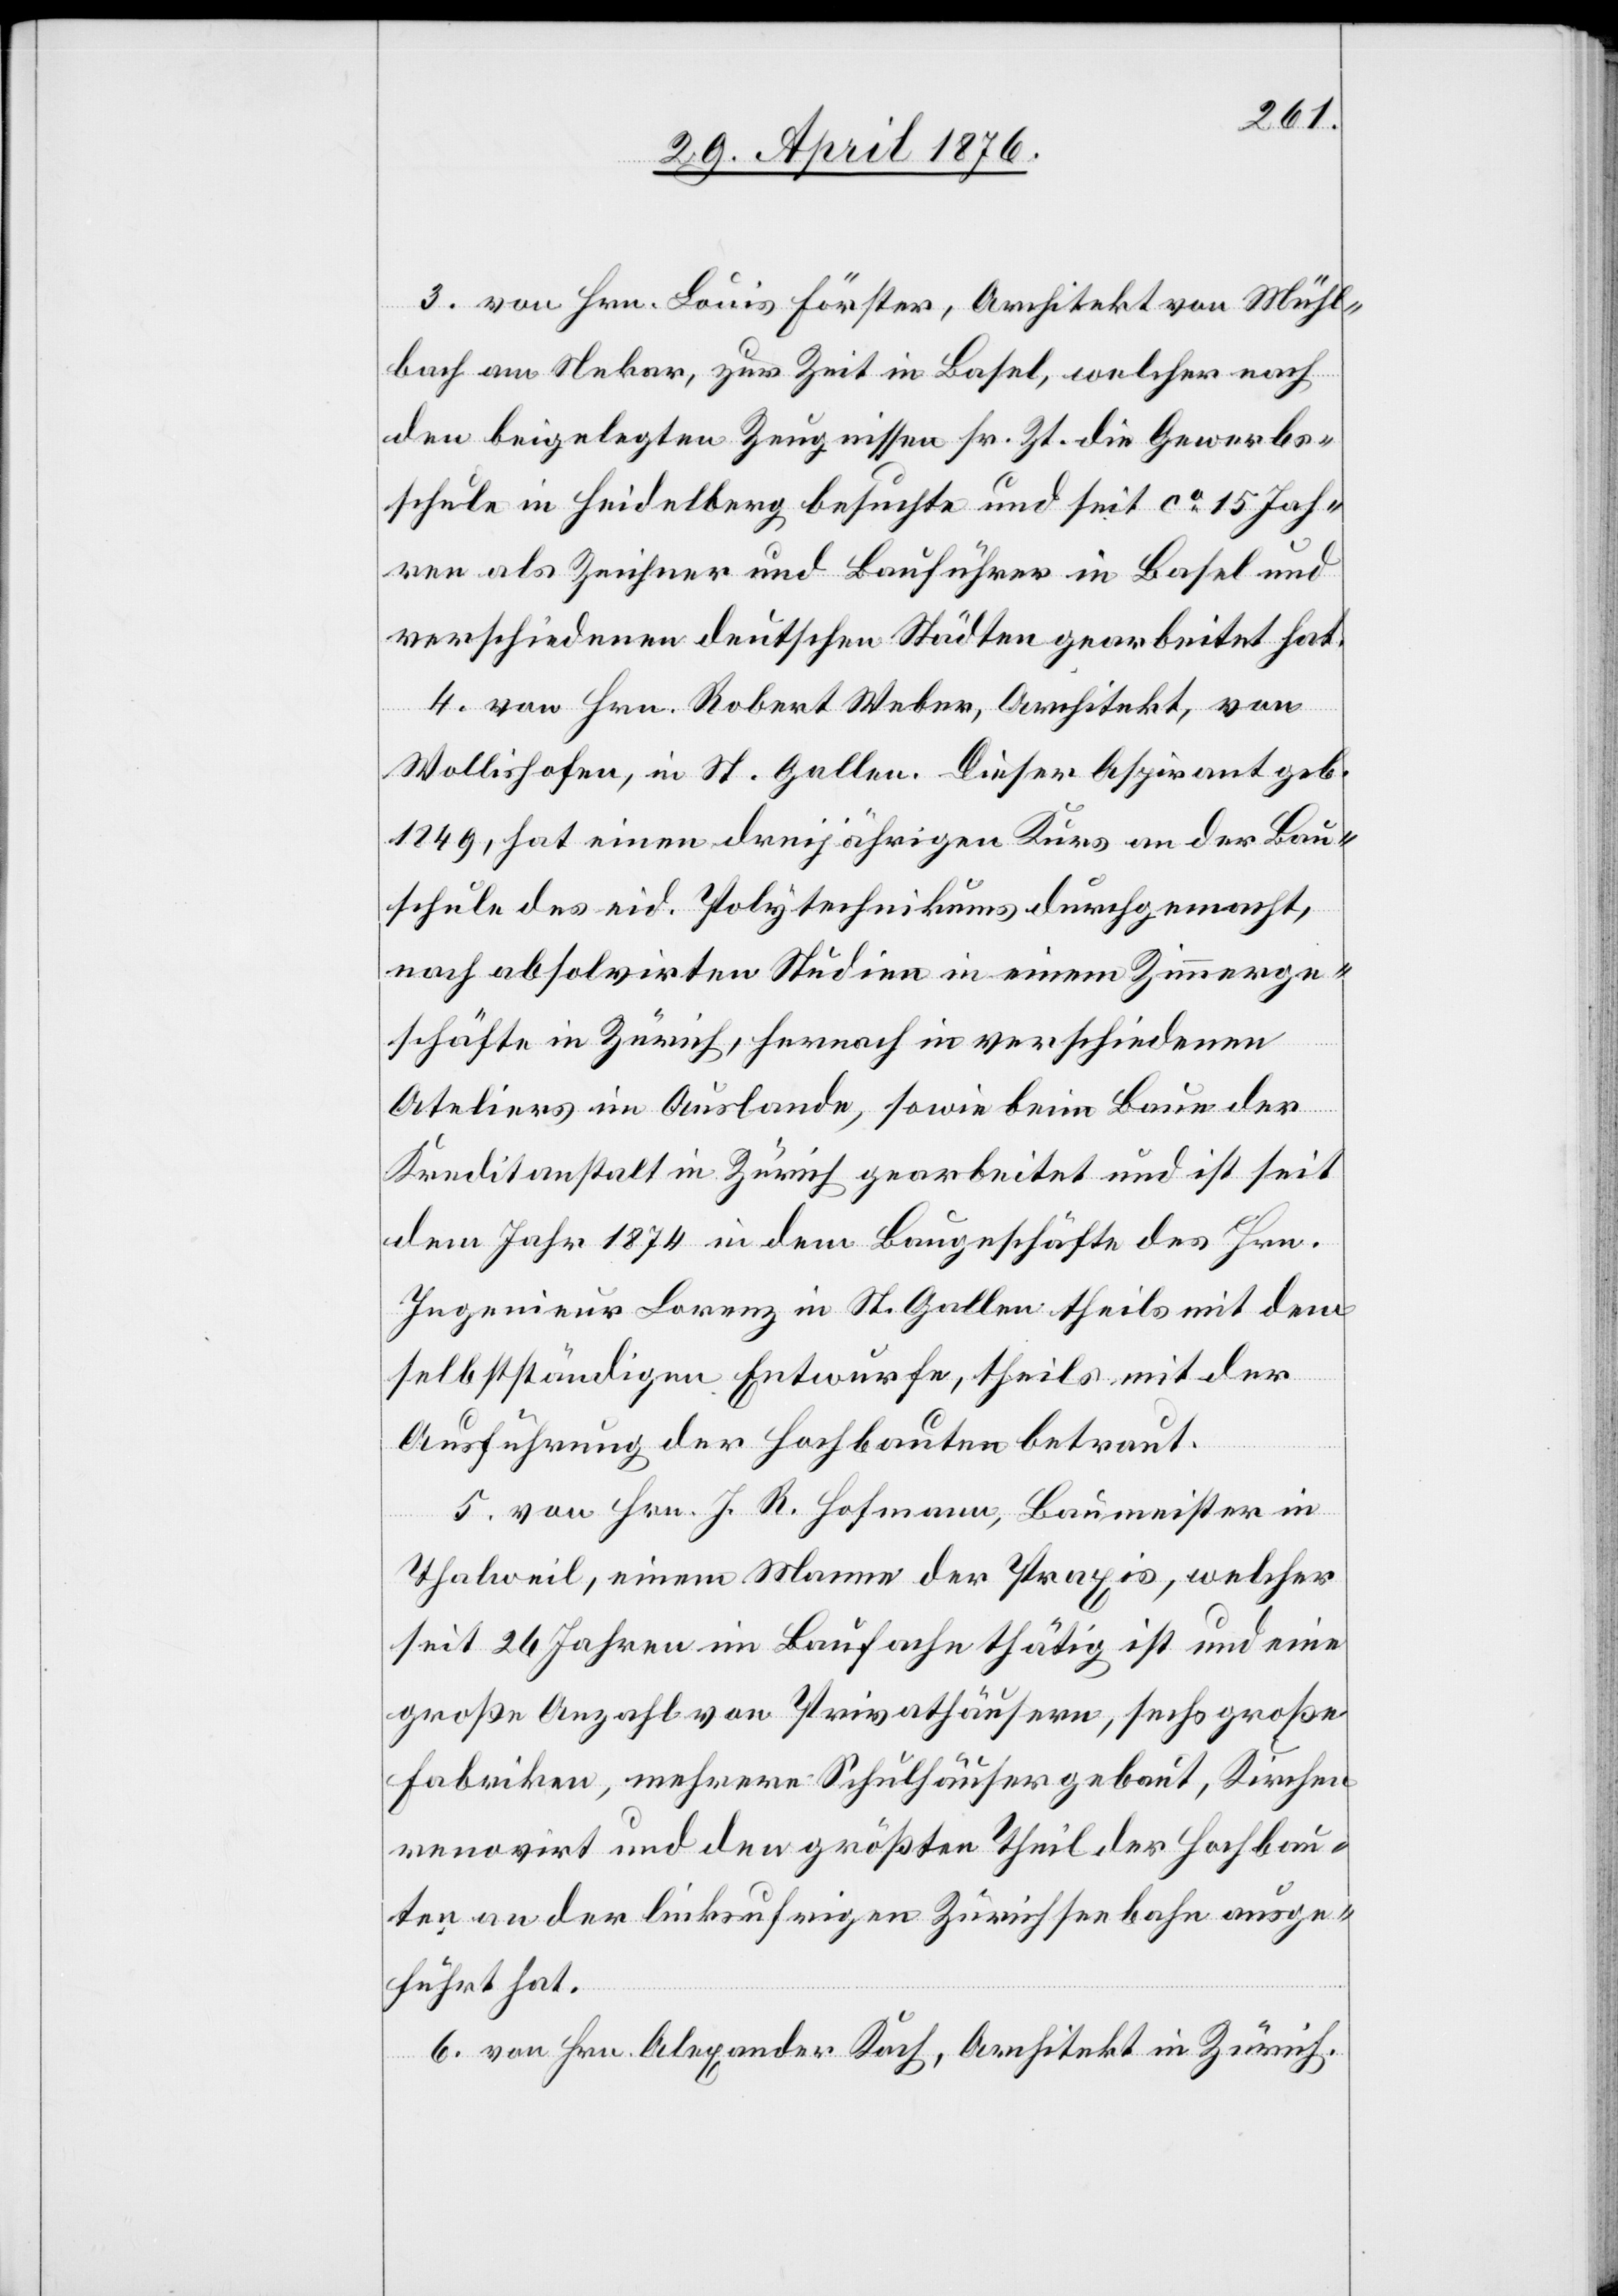
3. von Hrn. Louis Förster, Architekt von Mühl¬
bach am Nekar, zur Zeit in Basel, welcher nach
den beigelegten Zeugnissen sr. Zt. die Gewerbs¬
schule in Heidelberg besuchte und seit ca 15 Jah¬
ren als Zeichner und Bauführer in Basel und
verschiedenen deutschen Städten gearbeitet hat.
4. von Hrn. Robert Weber, Architekt, von
Wollishofen, in St. Gallen. Dieser Aspirant geb.
1849, hat einen dreijährigen Kurs an der Bau¬
schule des eid. Polytechnikums durchgemacht,
nach absolvirten Studien in einem Zimmerge¬
schäfte in Zürich, hernach in verschiedenen
Ateliers im Auslande, sowie beim Baue der
Kreditanstalt in Zürich gearbeitet und ist seit
dem Jahr 1874 in dem Baugeschäfte des Hrn.
Ingenieur Lorenz in St. Gallen theils mit dem
selbstständigen Entwurfe, theils mit der
Ausführung der Hochbauten betraut.
5. von Hrn. J. R. Hofmann, Baumeister in
Thalweil, einem Manne der Praxis, welcher
seit 26 Jahren im Baufache thätig ist und eine
große Anzahl von Privathäusern, sechs große
Fabriken, mehrere Schulhäuser gebaut, Kirchen
renoviert und den größten Theil der Hochbau¬
ten an der linksufrigen Zürichseebahn ausge¬
führt hat.
6. von Hrn. Alexander Koch, Architekt in Zürich.